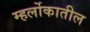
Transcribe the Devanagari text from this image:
म्हर्लोकातील